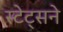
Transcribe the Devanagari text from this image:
स्टेट्सने